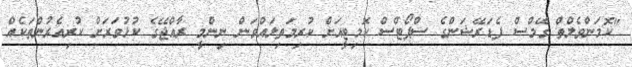
"ކޮމަންވެލްތް ގޭމްސް ފެޑަރޭޝަންގެ ސްޕޯޓްސް ކޮމިޓީއަށް ކުރިމަތިލައްވަން ނިންމީ ރާއްޖޭގެ ކުޅުވަރަށް ކުރިއެރުންތަކެއް